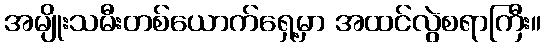
အမျိုးသမီးတစ်ယောက်ရှေ့မှာ အထင်လွဲစရာကြီး။